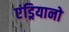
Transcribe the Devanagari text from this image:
एंड्रियानो